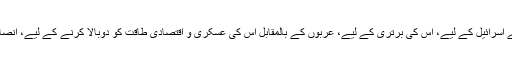
ذرا دیکھو تو سہی تم نے اِسرائیل کے لیے، اُس کی برتری کے لیے، عربوں کے بالمقابل اس کی عسکری و اقتصادی طاقت کو دوبالا کرنے کے لیے، انصاف کا کتنا خون کیا ہے؟